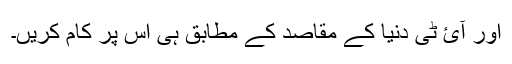
اور آئ ٹی دنیا کے مقاصد کے مطابق ہی اس پر کام کریں۔